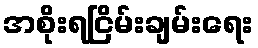
အစိုးရငြိမ်းချမ်းရေး